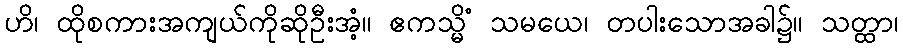
ဟိ၊ ထိုစကားအကျယ်ကိုဆိုဦးအံ့။ ဧကသ္မိံ သမယေ၊ တပါးသောအခါ၌။ သတ္ထာ၊